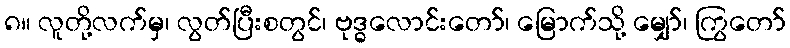
၈။ လူတို့လက်မှ၊ လွတ်ပြီးစတွင်၊ ဗုဒ္ဓလောင်းတော်၊ မြောက်သို့ မျှော်၊ ကြွတော်